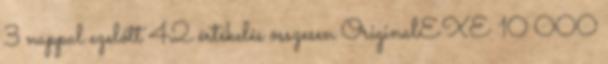
3 nappal ezelőtt 42 értékelés összesen OriginalEXE 10 000